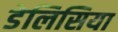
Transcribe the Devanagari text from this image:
डेलिसिया